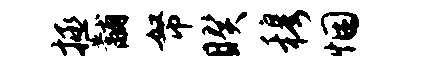
拯黼帑睽穆悃